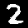
Digit: 2